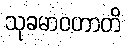
သုခမာဝဟာတိ